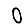
Digit: 0